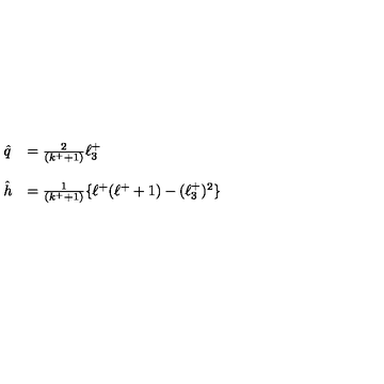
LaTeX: \begin{array} { l l } { \hat { q } } & { = \frac { 2 } { ( k ^ { + } + 1 ) } \ell _ { 3 } ^ { + } } \\ { } & { } \\ { \hat { h } } & { = \frac { 1 } { ( k ^ { + } + 1 ) } \{ \ell ^ { + } ( \ell ^ { + } + 1 ) - ( \ell _ { 3 } ^ { + } ) ^ { 2 } \} } \\ \end{array}